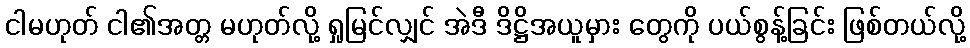
ငါမဟုတ် ငါ၏အတ္တ မဟုတ်လို့ ရှုမြင်လျှင် အဲဒီ ဒိဋ္ဌိအယူမှား တွေကို ပယ်စွန့်ခြင်း ဖြစ်တယ်လို့